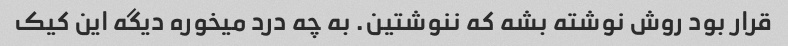
قرار بود روش نوشته بشه که ننوشتین. به چه درد میخوره دیگه این کیک